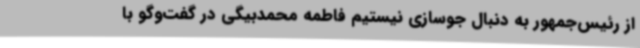
از رئیس‌جمهور به دنبال جوسازی نیستیم فاطمه محمدبیگی در گفت‌وگو با